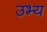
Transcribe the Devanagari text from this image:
उभ्य